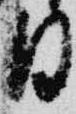
日